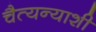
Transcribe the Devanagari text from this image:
चैत्यन्याशी